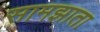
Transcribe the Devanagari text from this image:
सामझाता